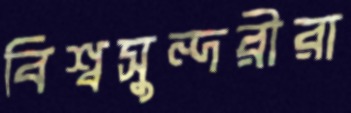
বিশ্বসুন্দরীরা